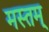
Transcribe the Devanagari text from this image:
मस्तम्